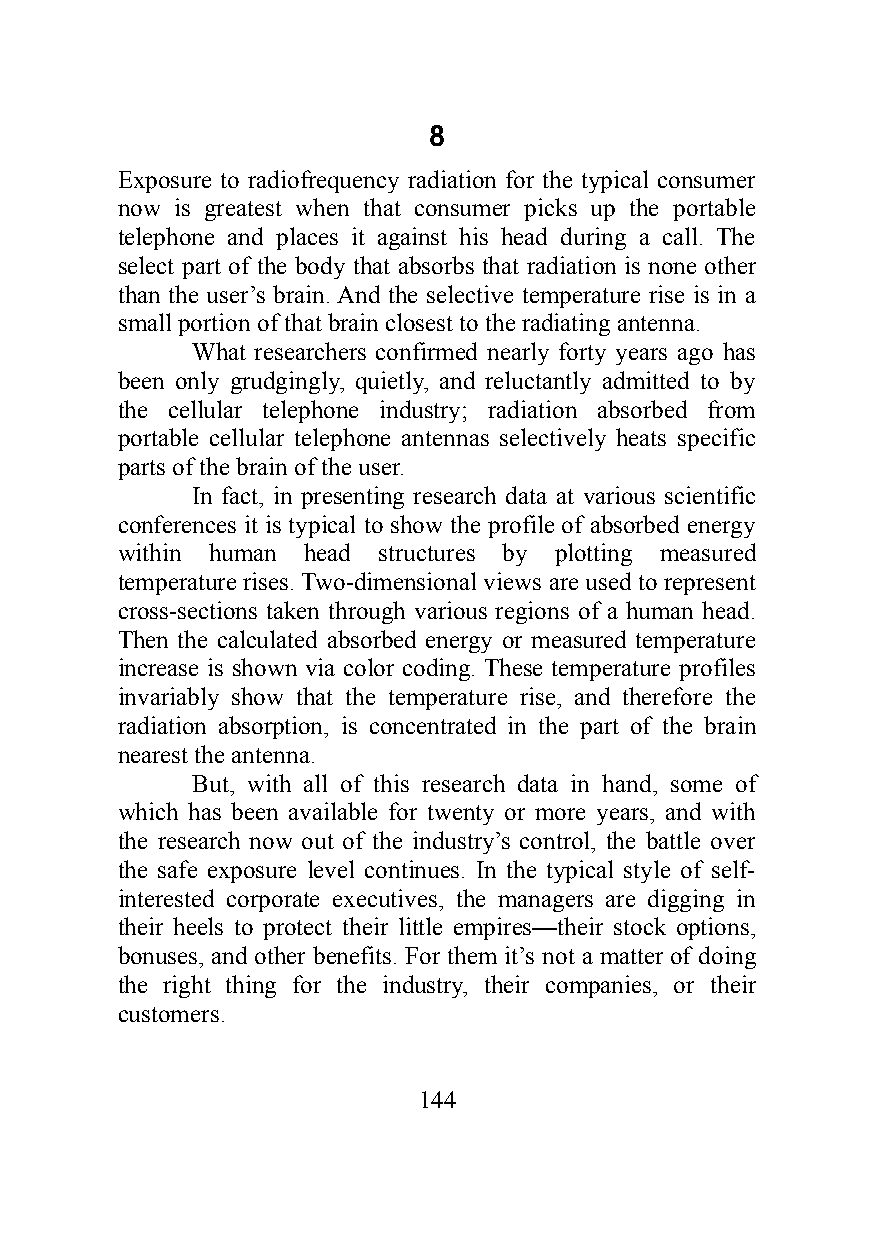
8
 Exposure to radiofrequency radiation for the typical consumer
 now is greatest when that consumer picks up the portable
 telephone and places it against his head during a call. The
 select part of the body that absorbs that radiation is none other
 than the user’s brain. And the selective temperature rise is in a
 small portion of that brain closest to the radiating antenna.
 What researchers confirmed nearly forty years ago has
 been only grudgingly, quietly, and reluctantly admitted to by
 the cellular telephone industry; radiation absorbed from
 portable cellular telephone antennas selectively heats specific
 parts of the brain of the user.
 In fact, in presenting research data at various scientific
 conferences it is typical to show the profile of absorbed energy
 within human head structures by plotting measured
 temperature rises. Two-dimensional views are used to represent
 cross-sections taken through various regions of a human head.
 Then the calculated absorbed energy or measured temperature
 increase is shown via color coding. These temperature profiles
 invariably show that the temperature rise, and therefore the
 radiation absorption, is concentrated in the part of the brain
 nearest the antenna.
 But, with all of this research data in hand, some of
 which has been available for twenty or more years, and with
 the research now out of the industry’s control, the battle over
 the safe exposure level continues. In the typical style of self-
 interested corporate executives, the managers are digging in
 their heels to protect their little empires—their stock options,
 bonuses, and other benefits. For them it’s not a matter of doing
 the right thing for the industry, their companies, or their
 customers.
 144